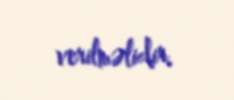
verilməlidir.